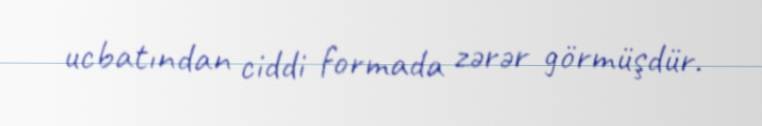
ucbatından ciddi formada zərər görmüşdür.